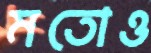
মতোও